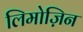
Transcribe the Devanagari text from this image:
लिमोज़िन